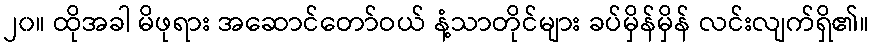
၂၀။ ထိုအခါ မိဖုရား အဆောင်တော်ဝယ် နံ့သာတိုင်များ ခပ်မှိန်မှိန် လင်းလျက်ရှိ၏။